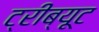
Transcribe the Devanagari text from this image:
ट्रीब्यूट